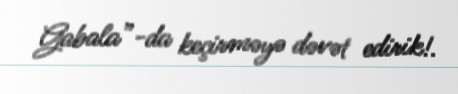
Gabala”-da keçirməyə dəvət edirik!.